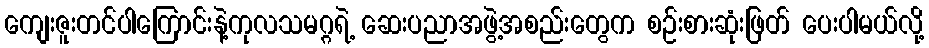
ကျေးဇူးတင်ပါကြောင်းနဲ့ကုလသမဂ္ဂရဲ့ ဆေးပညာအဖွဲ့အစည်းတွေက စဉ်းစားဆုံးဖြတ် ပေးပါမယ်လို့